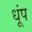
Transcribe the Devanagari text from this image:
धूंप